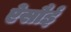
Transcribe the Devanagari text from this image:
ऐसौई